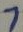
Text: 7